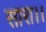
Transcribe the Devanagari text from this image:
सारा।।